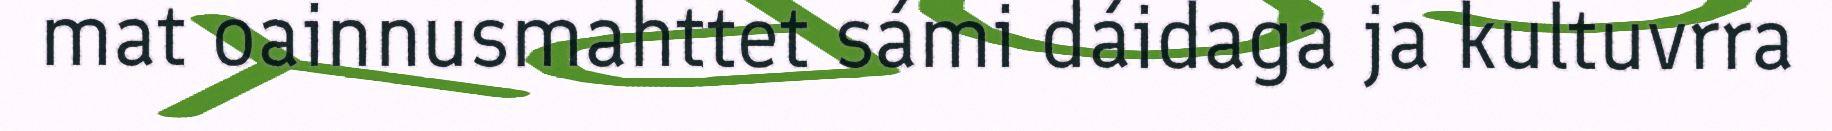
mat oainnusmahttet sámi dáidaga ja kultuvrra